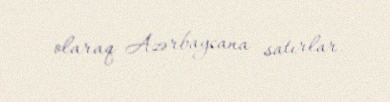
olaraq Azərbaycana satırlar.